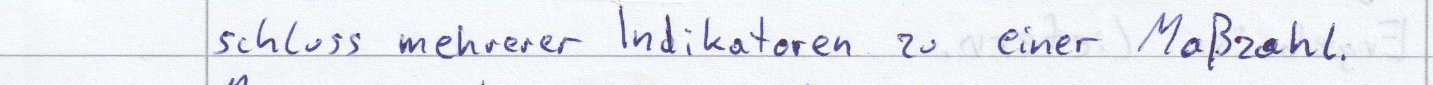
schluss mehrerer Indikatoren zu einer Maßzahl.